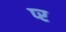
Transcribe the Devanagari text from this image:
प्‍र